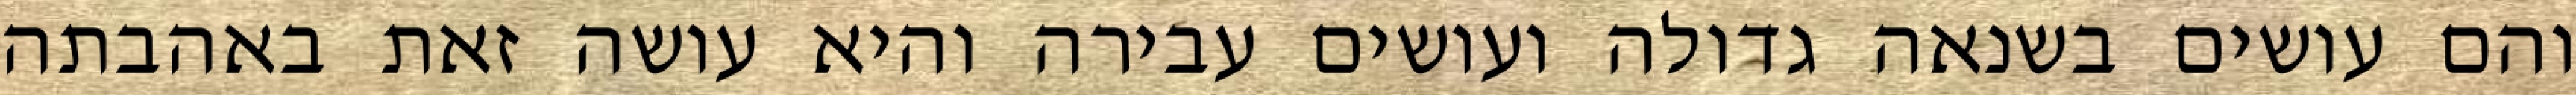
והם עושים בשנאה גדולה ועושים עבירה והיא עושה זאת באהבתה